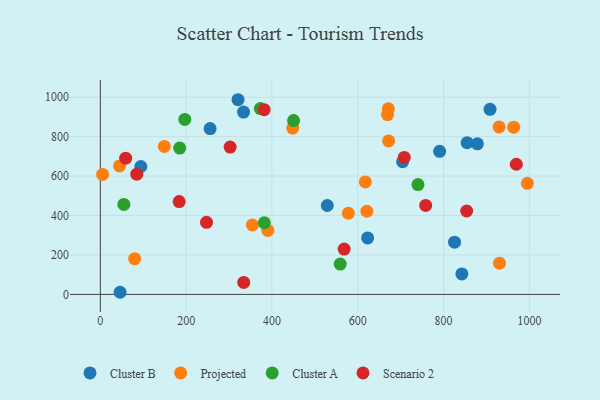
{"axis": {"x": "Investment", "y": "Profit"}, "legend": ["Cluster A", "Cluster B", "Projected", "Scenario 2"], "data": [{"x": "333.7", "y": 924.5, "type": "Cluster B"}, {"x": "842.5", "y": 104.1, "type": "Cluster B"}, {"x": "320.9", "y": 987.3, "type": "Cluster B"}, {"x": "94.4", "y": 648.7, "type": "Cluster B"}, {"x": "825.5", "y": 264.8, "type": "Cluster B"}, {"x": "704.4", "y": 672.7, "type": "Cluster B"}, {"x": "46.0", "y": 10.8, "type": "Cluster B"}, {"x": "255.8", "y": 841.1, "type": "Cluster B"}, {"x": "878.7", "y": 763.5, "type": "Cluster B"}, {"x": "908.2", "y": 938.5, "type": "Cluster B"}, {"x": "622.9", "y": 286.5, "type": "Cluster B"}, {"x": "854.8", "y": 769.6, "type": "Cluster B"}, {"x": "528.9", "y": 450.8, "type": "Cluster B"}, {"x": "790.7", "y": 725.5, "type": "Cluster B"}, {"x": "995.2", "y": 563.1, "type": "Projected"}, {"x": "929.3", "y": 849.3, "type": "Projected"}, {"x": "448.4", "y": 843.4, "type": "Projected"}, {"x": "617.5", "y": 570.2, "type": "Projected"}, {"x": "390.3", "y": 324.4, "type": "Projected"}, {"x": "80.0", "y": 181.1, "type": "Projected"}, {"x": "671.1", "y": 941.1, "type": "Projected"}, {"x": "669.4", "y": 912.0, "type": "Projected"}, {"x": "930.2", "y": 158.4, "type": "Projected"}, {"x": "963.4", "y": 847.9, "type": "Projected"}, {"x": "149.1", "y": 750.6, "type": "Projected"}, {"x": "354.4", "y": 352.1, "type": "Projected"}, {"x": "578.0", "y": 411.5, "type": "Projected"}, {"x": "671.8", "y": 778.4, "type": "Projected"}, {"x": "44.7", "y": 651.6, "type": "Projected"}, {"x": "5.3", "y": 608.3, "type": "Projected"}, {"x": "621.1", "y": 421.7, "type": "Projected"}, {"x": "559.0", "y": 153.9, "type": "Cluster A"}, {"x": "372.9", "y": 942.5, "type": "Cluster A"}, {"x": "382.2", "y": 363.3, "type": "Cluster A"}, {"x": "184.9", "y": 741.9, "type": "Cluster A"}, {"x": "196.8", "y": 887.2, "type": "Cluster A"}, {"x": "740.2", "y": 557.1, "type": "Cluster A"}, {"x": "450.3", "y": 881.4, "type": "Cluster A"}, {"x": "54.8", "y": 456.1, "type": "Cluster A"}, {"x": "568.2", "y": 229.7, "type": "Scenario 2"}, {"x": "302.5", "y": 747.3, "type": "Scenario 2"}, {"x": "853.7", "y": 422.9, "type": "Scenario 2"}, {"x": "969.4", "y": 660.0, "type": "Scenario 2"}, {"x": "84.9", "y": 609.6, "type": "Scenario 2"}, {"x": "758.2", "y": 451.1, "type": "Scenario 2"}, {"x": "708.3", "y": 694.8, "type": "Scenario 2"}, {"x": "183.7", "y": 470.7, "type": "Scenario 2"}, {"x": "334.1", "y": 60.9, "type": "Scenario 2"}, {"x": "59.0", "y": 690.9, "type": "Scenario 2"}, {"x": "381.8", "y": 937.0, "type": "Scenario 2"}, {"x": "247.4", "y": 365.7, "type": "Scenario 2"}]}